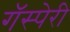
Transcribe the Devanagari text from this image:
गॅस्पेरी